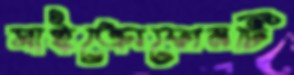
মাইক্রোফোনটি